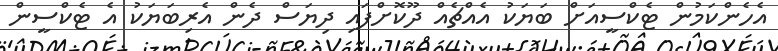
އެހެންކަމުން ޓެކްސީއަށް ބަޔަކު އެއްޗެއް ދޫކޮށްފައި ދިޔަސް ދެން އެރިބަޔަކު އެ ޓެކްސީން